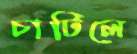
চাটিলে